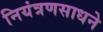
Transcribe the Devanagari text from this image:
नियंत्रणसाधने